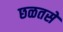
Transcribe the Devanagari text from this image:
छळतसे